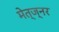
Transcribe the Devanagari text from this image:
मेत्ज्नर